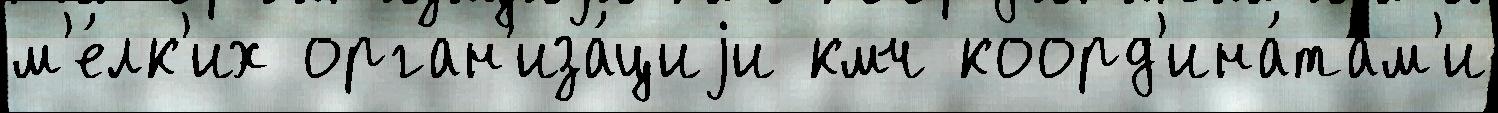
м'е́лк'их орган'иза́циjи кмч коорд'ина́там'и